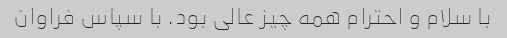
با سلام و احترام همه چیز عالی بود. با سپاس فراوان